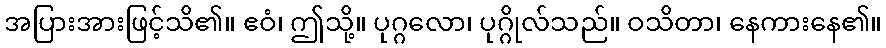
အပြားအားဖြင့်သိ၏။ ဧဝံ၊ ဤသို့။ ပုဂ္ဂလော၊ ပုဂ္ဂိုလ်သည်။ ဝသိတာ၊ နေကားနေ၏။